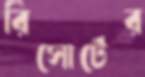
রিসোর্টের